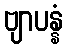
ဗျာပန္နံ